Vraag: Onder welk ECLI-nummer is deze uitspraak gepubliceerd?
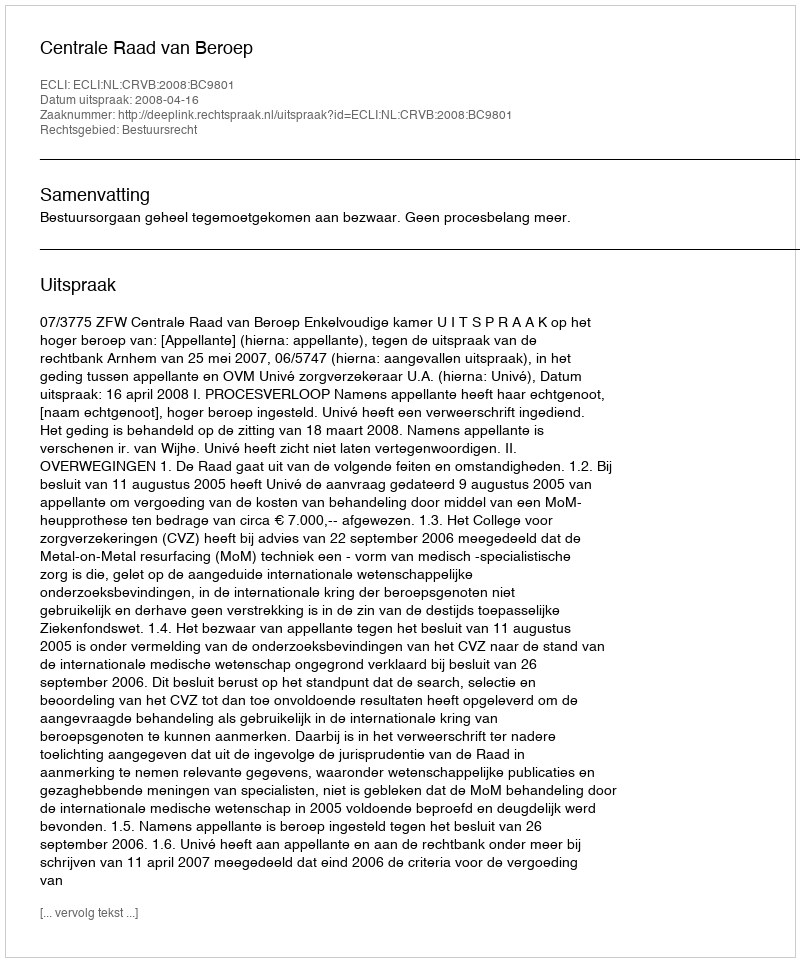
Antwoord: ECLI:NL:CRVB:2008:BC9801